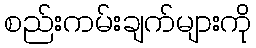
စည်းကမ်းချက်များကို